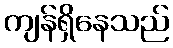
ကျန်ရှိနေသည်